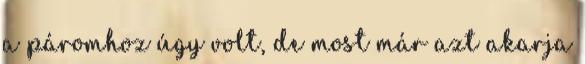
a páromhoz úgy volt, de most már azt akarja